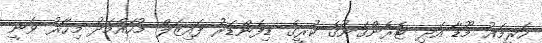
ހަރީމައު މޫޑާ އަދި ޓެރެންގަނޫގެ ކުރީގެ ޑިފެންޑަރު ފައިޒަލް މުހައްމަދު މިހާރު ވަނީ